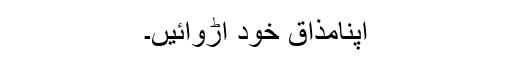
اپنامذاق خود اُڑوائیں۔